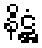
နိဋ္ဌံ